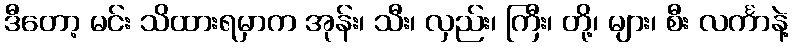
ဒီတော့ မင်း သိထားရမှာက အုန်း၊ သီး၊ လှည်း၊ ကြီး၊ တို့၊ များ၊ စီး လင်္ကာနဲ့